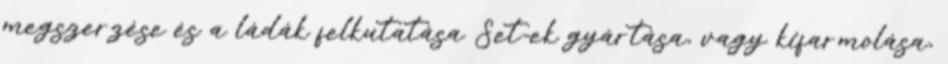
megszerzése és a ládák felkutatása Set-ek gyártása, vagy kifarmolása,